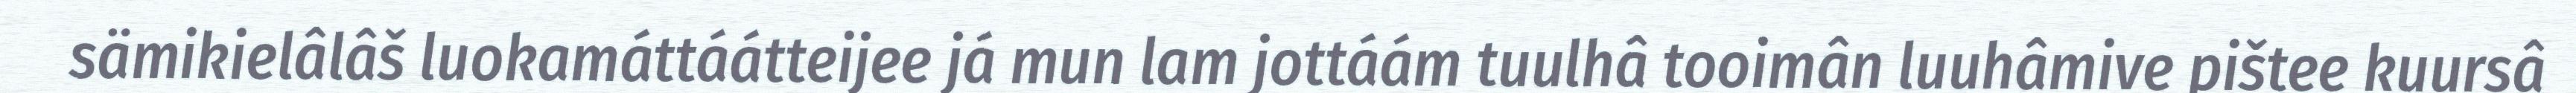
sämikielâlâš luokamáttáátteijee já mun lam jottáám tuulhâ tooimân luuhâmive pištee kuursâ